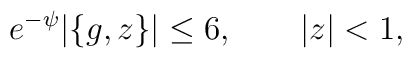
e^{-\psi}|\{g,z\}|\le 6,\qquad |z|<1,